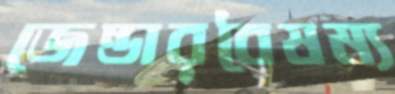
জেন্ডারবৈষম্য